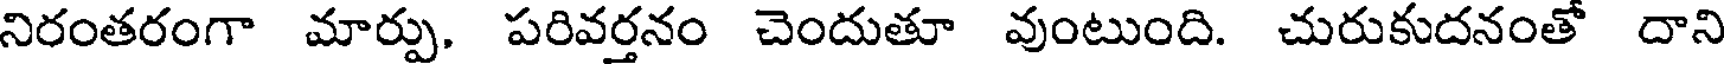
నిరంతరంగా మార్పు. పరివర్తనం చెందుతూ వుంటుంది. చురుకుదనంతో దాని